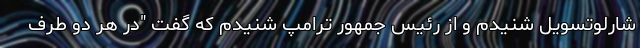
شارلوتسویل شنیدم و از رئیس جمهور ترامپ شنیدم که گفت "در هر دو طرف